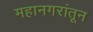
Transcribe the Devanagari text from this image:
महानगरांतून